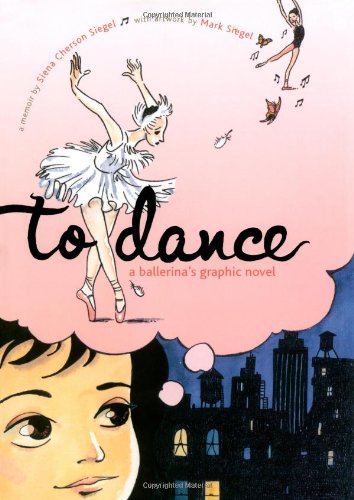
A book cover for To Dance: A Ballerina's Graphic Novel; Siena Cherson Siegel; Children's Books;